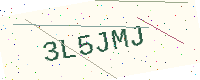
Text: 3L5JMJ